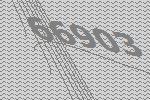
66903